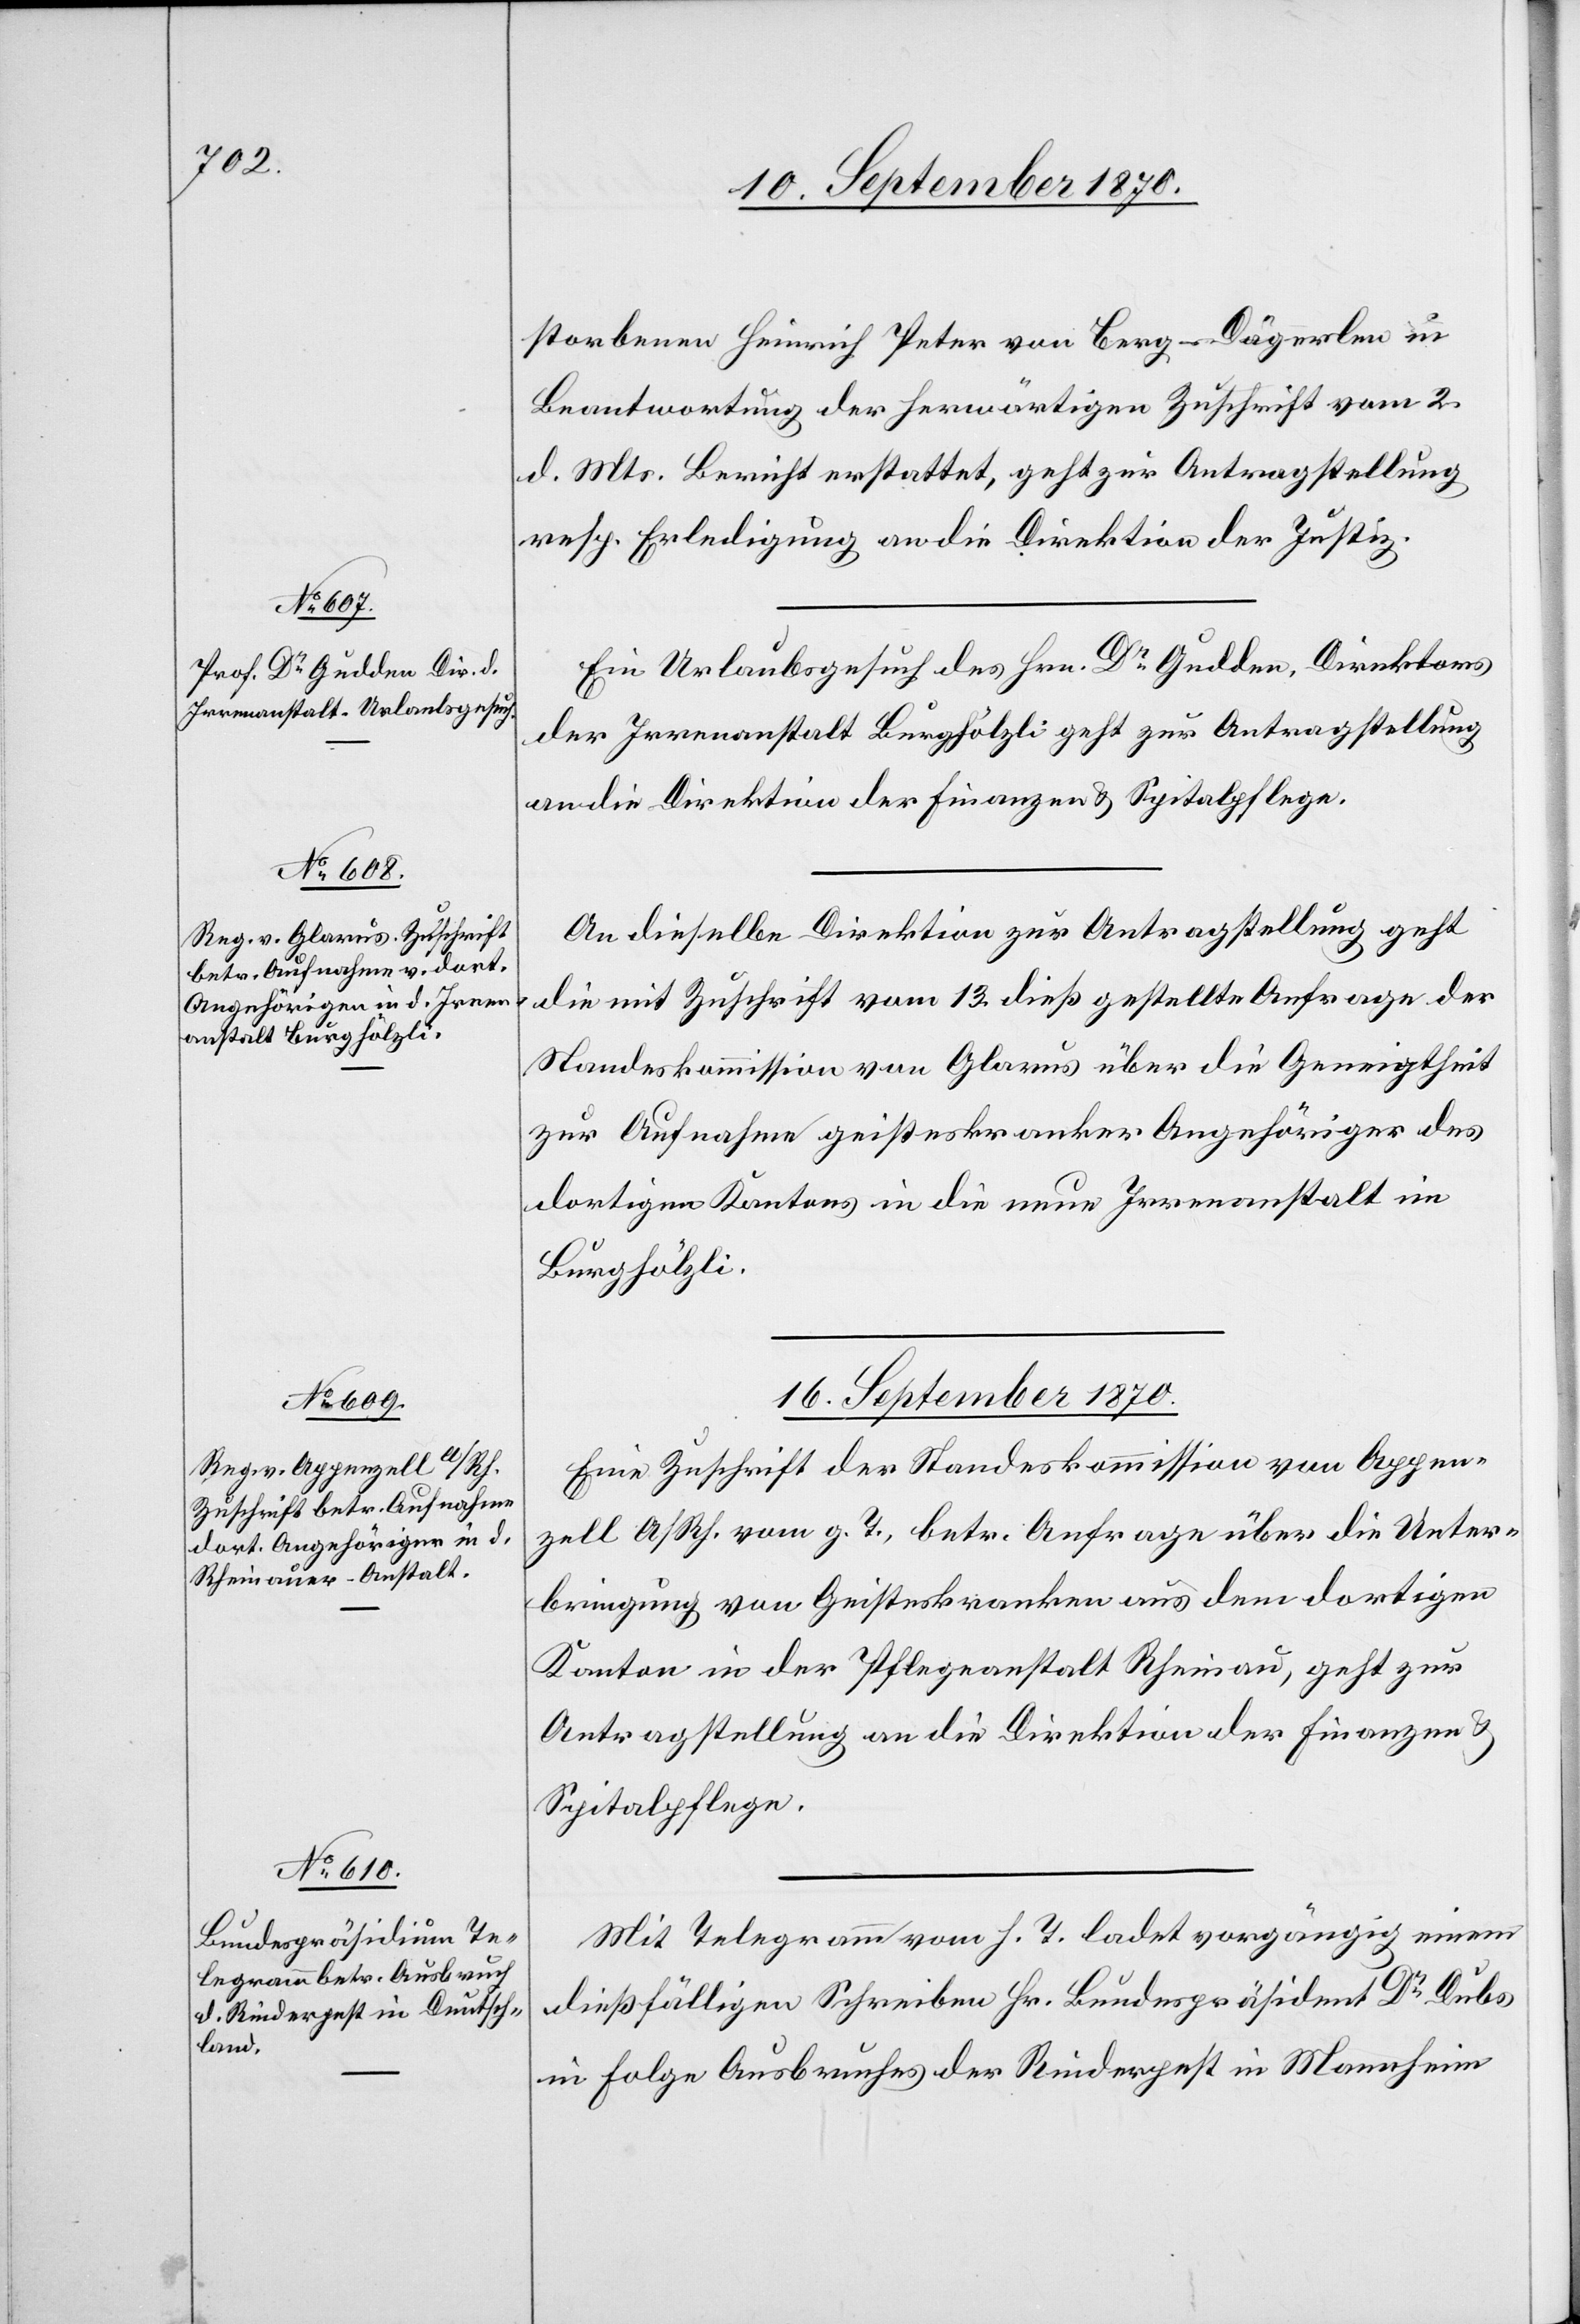
15. September 1870.]
storbenen Heinrich Peter von Berg - Dägerlen in
Beantwortung der herwärtigen Zuschrift vom 2.
d. Mts. Bericht erstattet, geht zur Antragstellung
resp. Erledigung an die Direktion der Justiz.
Ein Urlaubsgesuch des Hrn. Dr Gudden, Direktors
der Irrenanstalt Burghölzli geht zur Antragstellung
an die Direktion der Finanzen & Spitalpflege.
An dieselbe Direktion zur Antragstellung geht
die mit Zuschrift vom 13. dieß gestellte Anfrage der
Standeskommission von Glarus über die Geneigtheit
zur Aufnahme geisteskranker Angehöriger des
dortigen Kantons in die neue Irrenanstalt im
Burghölzli.
16. September 1870.]
Eine Zuschrift der Standeskommission von Appen¬
zell A/Rh. vom g. T., betr. Anfrage über die Unter¬
bringung von Geisteskranken aus dem dortigen
Kanton in der Pflegeanstalt Rheinau, geht zur
Antragstellung an die Direktion der Finanzen &
Spitalpflege.
Mit Telegramm vom h. T. ladet vorgängig einem
dießfälligen Schreiben Hr. Bundespräsident Dr Dubs
in Folge Ausbruches der Rinderpest in Mannheim